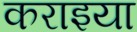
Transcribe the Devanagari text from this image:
कराइया